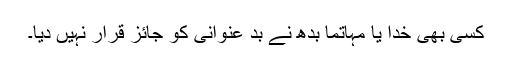
کسی بھی خدا یا مہاتما بدھ نے بد عنوانی کو جائز قرار نہیں دیا۔